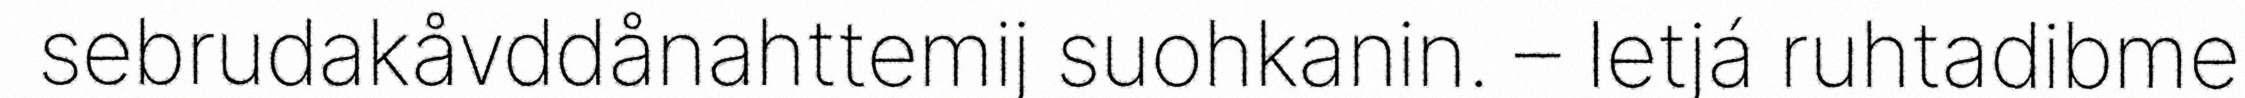
sebrudakåvddånahttemij suohkanin. – Ietjá ruhtadibme